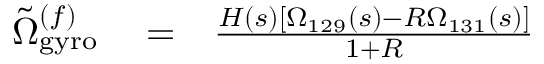
\begin{array} { r l r } { \tilde { \Omega } _ { \mathrm { g y r o } } ^ { ( f ) } } & { { } = } & { \frac { H ( s ) \left[ \Omega _ { 1 2 9 } ( s ) - R \Omega _ { 1 3 1 } ( s ) \right] } { 1 + R } } \end{array}